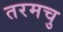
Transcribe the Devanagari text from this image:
तरमचु